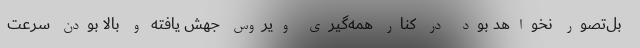
بل‌تصور نخواهد بود در کنار همه‌گیری ویروس جهش یافته و بالا بودن سرعت